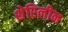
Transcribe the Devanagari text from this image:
शेरिलीन